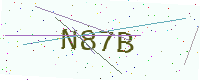
Text: N87B